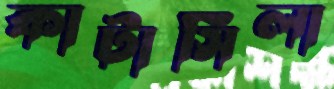
কাটাসিলা